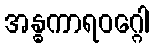
အန္ဓကာရဝဂ္ဂေါ